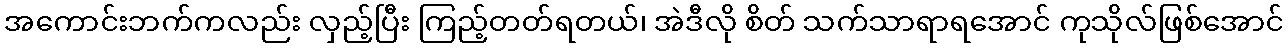
အကောင်းဘက်ကလည်း လှည့်ပြီး ကြည့်တတ်ရတယ်၊ အဲဒီလို စိတ် သက်သာရာရအောင် ကုသိုလ်ဖြစ်အောင်